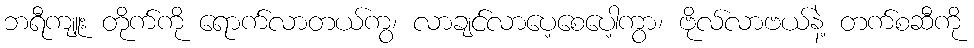
ဘရီကျူး တိုက်ကို ရောက်လာတယ်ကွ၊ လာချင်လာပေ့စေပေါ့ကွာ၊ ဗိုလ်လာဗယ်နဲ့ တက်စဆီကို